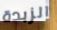
الزبدة